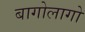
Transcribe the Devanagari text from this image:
बागोलागो